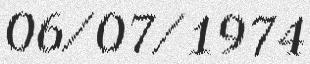
06/07/1974